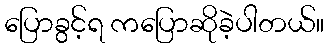
ပြောခွင့်ရ ကပြောဆိုခဲ့ပါတယ်။